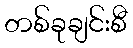
တစ်ခုချင်းစီ